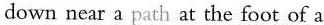
down near a path at the foot of a